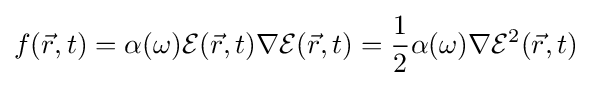
f({\vec {r}},t)=\alpha (\omega ){\mathcal {E}}({\vec {r}},t)\nabla {\mathcal {E}}({\vec {r}},t)={\frac {1}{2}}\alpha (\omega )\nabla {\mathcal {E}}^{2}({\vec {r}},t)